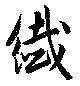
繊